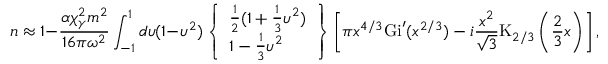
n \approx 1 - \frac { \alpha \chi _ { \gamma } ^ { 2 } m ^ { 2 } } { 1 6 \pi \omega ^ { 2 } } \int _ { - 1 } ^ { 1 } d \upsilon ( 1 - \upsilon ^ { 2 } ) \left\{ \begin{array} { l } { \frac { 1 } { 2 } ( 1 + \frac { 1 } { 3 } \upsilon ^ { 2 } ) } \\ { 1 - \frac { 1 } { 3 } \upsilon ^ { 2 } } \end{array} \right\} \left[ \pi x ^ { 4 / 3 } \mathrm { G i } ^ { \prime } ( x ^ { 2 / 3 } ) - i \frac { x ^ { 2 } } { \sqrt { 3 } } \mathrm { K } _ { 2 / 3 } \left( \frac { 2 } { 3 } x \right) \right] ,